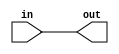
module coreir_andr #(
    parameter width = 1
) (
    input [width-1:0] in,
    output out
);
  assign out = &in;
endmodule

module And8x8 (
    input [7:0] I0,
    input [7:0] I1,
    input [7:0] I2,
    input [7:0] I3,
    input [7:0] I4,
    input [7:0] I5,
    input [7:0] I6,
    input [7:0] I7,
    output [7:0] O
);
wire andr_inst0_out;
wire andr_inst1_out;
wire andr_inst2_out;
wire andr_inst3_out;
wire andr_inst4_out;
wire andr_inst5_out;
wire andr_inst6_out;
wire andr_inst7_out;
wire [7:0] andr_inst0_in;
assign andr_inst0_in = {I7[0],I6[0],I5[0],I4[0],I3[0],I2[0],I1[0],I0[0]};
coreir_andr #(
    .width(8)
) andr_inst0 (
    .in(andr_inst0_in),
    .out(andr_inst0_out)
);
wire [7:0] andr_inst1_in;
assign andr_inst1_in = {I7[1],I6[1],I5[1],I4[1],I3[1],I2[1],I1[1],I0[1]};
coreir_andr #(
    .width(8)
) andr_inst1 (
    .in(andr_inst1_in),
    .out(andr_inst1_out)
);
wire [7:0] andr_inst2_in;
assign andr_inst2_in = {I7[2],I6[2],I5[2],I4[2],I3[2],I2[2],I1[2],I0[2]};
coreir_andr #(
    .width(8)
) andr_inst2 (
    .in(andr_inst2_in),
    .out(andr_inst2_out)
);
wire [7:0] andr_inst3_in;
assign andr_inst3_in = {I7[3],I6[3],I5[3],I4[3],I3[3],I2[3],I1[3],I0[3]};
coreir_andr #(
    .width(8)
) andr_inst3 (
    .in(andr_inst3_in),
    .out(andr_inst3_out)
);
wire [7:0] andr_inst4_in;
assign andr_inst4_in = {I7[4],I6[4],I5[4],I4[4],I3[4],I2[4],I1[4],I0[4]};
coreir_andr #(
    .width(8)
) andr_inst4 (
    .in(andr_inst4_in),
    .out(andr_inst4_out)
);
wire [7:0] andr_inst5_in;
assign andr_inst5_in = {I7[5],I6[5],I5[5],I4[5],I3[5],I2[5],I1[5],I0[5]};
coreir_andr #(
    .width(8)
) andr_inst5 (
    .in(andr_inst5_in),
    .out(andr_inst5_out)
);
wire [7:0] andr_inst6_in;
assign andr_inst6_in = {I7[6],I6[6],I5[6],I4[6],I3[6],I2[6],I1[6],I0[6]};
coreir_andr #(
    .width(8)
) andr_inst6 (
    .in(andr_inst6_in),
    .out(andr_inst6_out)
);
wire [7:0] andr_inst7_in;
assign andr_inst7_in = {I7[7],I6[7],I5[7],I4[7],I3[7],I2[7],I1[7],I0[7]};
coreir_andr #(
    .width(8)
) andr_inst7 (
    .in(andr_inst7_in),
    .out(andr_inst7_out)
);
assign O = {andr_inst7_out,andr_inst6_out,andr_inst5_out,andr_inst4_out,andr_inst3_out,andr_inst2_out,andr_inst1_out,andr_inst0_out};
endmodule